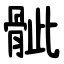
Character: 骴